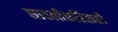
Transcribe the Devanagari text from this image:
सावलीकरिताही